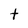
Character: t